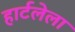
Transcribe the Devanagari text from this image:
हार्टलेला